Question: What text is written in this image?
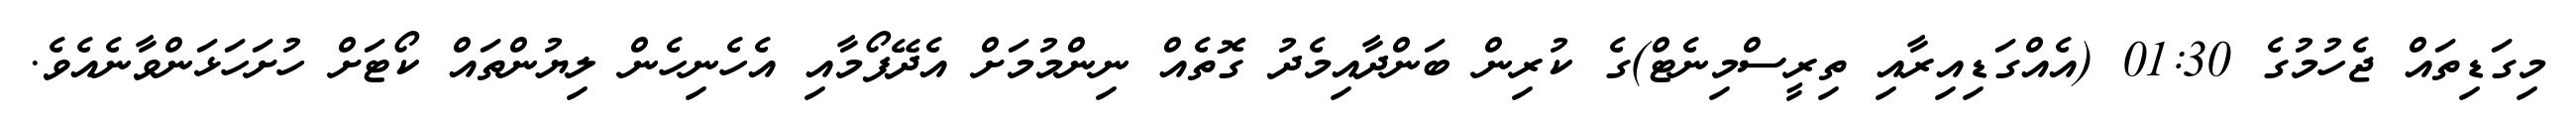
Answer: މިގަޑިތައް ޖެހުމުގެ 01:30 (އެއްގަޑިއިރާއި ތިރީސްމިނެޓް)ގެ ކުރިން ބަންދާއިމެދު ގޮތެއް ނިންމުމަށް އެދޭފޯމާއި އެހެނިހެން ލިޔުންތައް ކޯޓަށް ހުށަހަޅަންވާނެއެވެ.